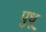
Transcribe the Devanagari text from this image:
पुधू